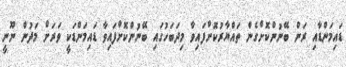
ޑައިމަންޑާއި ރަން ބޭނުންކޮށްގެން ތައްޔާރުކޮށްފައިވާ މިދަބަހުގައި ބޭނުންކޮށްފައިވާ ޑައިމަންޑަކީ ވަރަށް މަދުން ނޫނީ